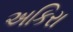
અકિરા